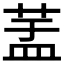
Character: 𦱃